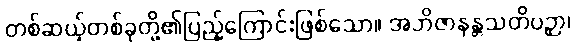
တစ်ဆယ့်တစ်ခုတို့၏ပြည့်ကြောင်းဖြစ်သော။ အဘိဇာနန္တသတိပဉှာ၊